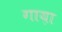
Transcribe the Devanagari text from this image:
गाय़ा